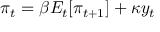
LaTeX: \pi _ { t } = \beta E _ { t } [ \pi _ { t + 1 } ] + \kappa y _ { t }